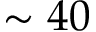
\sim 4 0